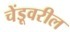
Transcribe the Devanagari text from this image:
चेंडूवरील